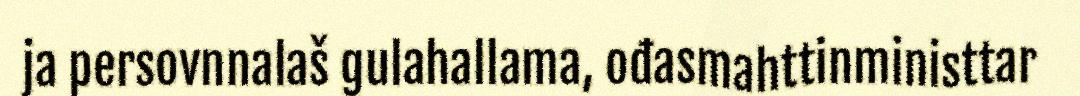
ja persovnnalaš gulahallama, ođasmahttinministtar